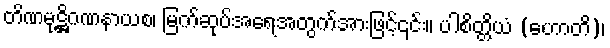
တိဏမုဋ္ဌိဂဏနာယစ၊ မြက်ဆုပ်အရေအတွက်အားဖြင့်၎င်း။ ပါစိတ္တိယံ (ဟောတိ)၊